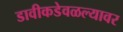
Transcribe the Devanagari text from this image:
डावीकडेवळल्यावर